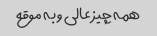
همه چیز عالی و به موقع